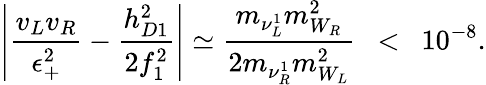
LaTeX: \left|\frac{v_{L}v_{R}}{\epsilon_{+}^{2}}-\frac{h_{D1}^{2}}{2f_{1}^{2}}\right|\simeq\frac{m_{\nu_{L}^{1}}m_{W_{R}}^{2}}{2m_{\nu_{R}^{1}}m_{W_{L}}^{2}}~~<~~10^{-8}.